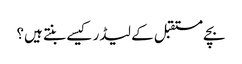
بچے مستقبل کے لیڈر کیسے بنتے ہیں؟